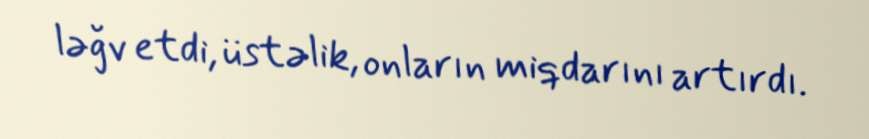
ləğv etdi, üstəlik, onların miqdarını artırdı.